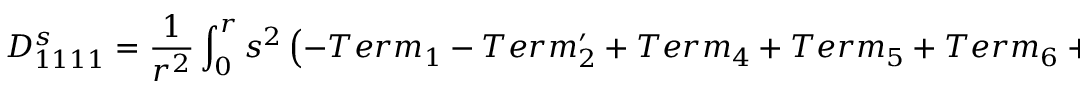
D _ { 1 1 1 1 } ^ { s } = \frac { 1 } { r ^ { 2 } } \int _ { 0 } ^ { r } s ^ { 2 } \left( - T e r m _ { 1 } - T e r m _ { 2 } ^ { \prime } + T e r m _ { 4 } + T e r m _ { 5 } + T e r m _ { 6 } + T e r m _ { 7 } \right) ^ { s } d s .